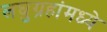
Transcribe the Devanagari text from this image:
लघुग्रहांमध्ये